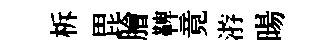
柝毘膾鞞竟㳺暘